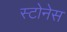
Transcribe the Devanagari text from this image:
स्टोनेस